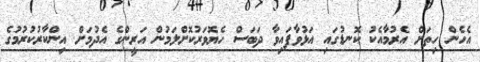
އެހެން ހިތަށް އެރުމާއެކު ކޮނޑުގައި އަޅުވާފައިވާ ދަބަސް ހެޔޮވަރުކޮށްލަމުން އަރީންގެ އެދުމަށް އިންކާރުކުރުމުގެ